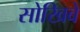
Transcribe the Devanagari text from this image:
सोखिबे